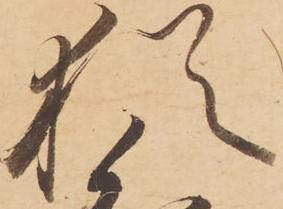
猶